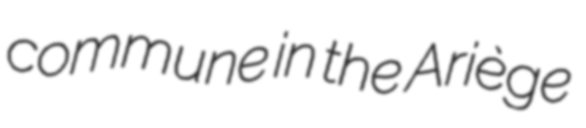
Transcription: commune in the Ariège